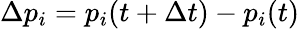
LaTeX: \Delta p_{i}=p_{i}(t+\Delta t)-p_{i}(t)